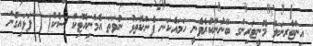
އިންޓާރނަލް މޮނީޓަރިންގ ބޭނުންކުރެވެނީ ހަމައެކަނި ފެންކޮތަޅު ނުވަތަ އެމްނިއޮޓިކް ސެކް( ) ފަޅައިގެން